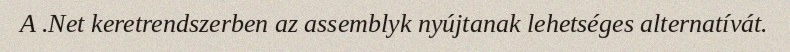
A .Net keretrendszerben az assemblyk nyújtanak lehetséges alternatívát.